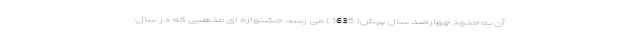
آن به حدود چهارصد سال پیش( 1635 ) می رسد. جشنواره ای مذهبی که در سال